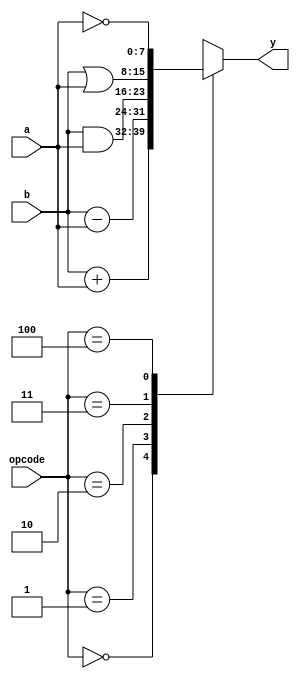


  `timescale 1ns / 1ns
  
  `define OP_PLUS 3'd0
  `define OP_MINUS 3'd1
  `define OP_AND 3'd2
  `define OP_OR 3'd3
  `define OP_NOT 3'd4
  
  module alu(y, opcode, b, a);
    output reg [7:0] y;
    
    input [2:0] opcode; // operation code
    input [7:0] b, a; // operation num
    
    // level sensitive always block
    
    always@(*)
    begin
      case(opcode)
        `OP_PLUS: y = b + a;
        `OP_MINUS: y = b - a;
        `OP_AND: y = b & a;
        `OP_OR: y = b | a;
        `OP_NOT: y = ~a;
        default: y = 8'hx;
      endcase
    end
  endmodule